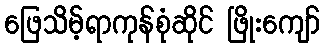
ဖြေသိမ့်ရာကုန်စုံဆိုင် ဖြိုးကျော်